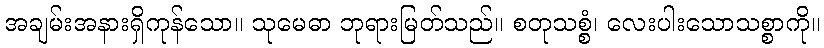
အချမ်းအနားရှိကုန်သော။ သုမေဓာ ဘုရားမြတ်သည်။ စတုသစ္စံ၊ လေးပါးသောသစ္စာကို။